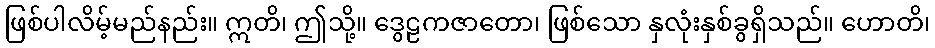
ဖြစ်ပါလိမ့်မည်နည်း။ ဣတိ၊ ဤသို့။ ဒွေဠကဇာတော၊ ဖြစ်သော နှလုံးနှစ်ခွရှိသည်။ ဟောတိ၊